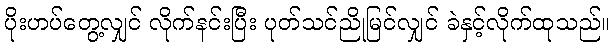
ပိုးဟပ်တွေ့လျှင် လိုက်နင်းပြီး ပုတ်သင်ညိုမြင်လျှင် ခဲနှင့်လိုက်ထုသည်။